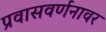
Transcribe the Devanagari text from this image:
प्रवासवर्णनावर